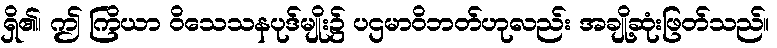
ရှိ၏၊ ဤ ကြိယာ ဝိသေသနပုဒ်မျိုး၌ ပဌမာဝိဘတ်ဟုလည်း အချို့ဆုံးဖြတ်သည်။